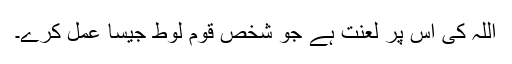
اللہ کی اس پر لعنت ہے جو شخص قومِ لوط جیسا عمل کرے۔